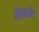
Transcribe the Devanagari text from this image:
शैलहाॅब